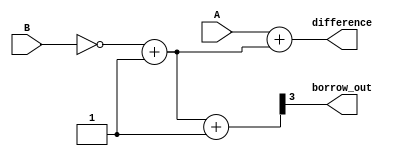
module ripple_carry_subtractor (
    input wire [3:0] A,
    input wire [3:0] B,
    output reg [3:0] difference,
    output reg borrow_out
);

wire [3:0] ones_complement;
wire [3:0] temp_b;
wire [3:0] borrow;

assign ones_complement = ~B;

assign temp_b = ones_complement + 4'b0001;

assign borrow = temp_b + 4'b0001;

assign borrow_out = borrow[3];

assign difference = A + temp_b;

endmodule